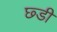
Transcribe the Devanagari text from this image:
छ्डी